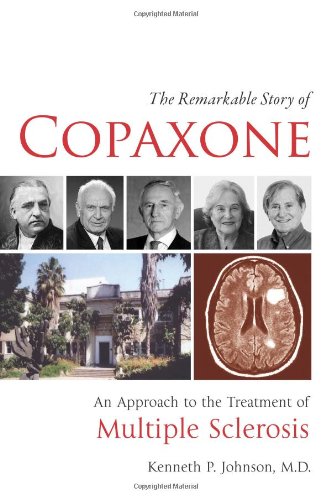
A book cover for The Remarkable Story of Copaxone: An Approach to the Treatment of Multiple Sclerosis; Kenneth P Johnson; Health, Fitness & Dieting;